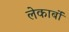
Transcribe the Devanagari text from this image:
लेकार्बों